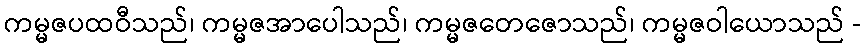
ကမ္မဇပထဝီသည်၊ ကမ္မဇအာပေါသည်၊ ကမ္မဇတေဇောသည်၊ ကမ္မဇဝါယောသည် -